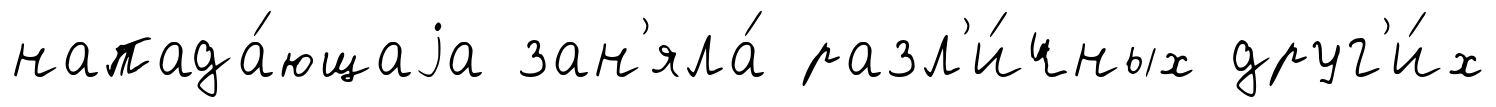
напада́ющаjа зан'яла́ разл'и́чных друг'и́х